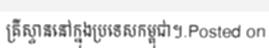
គ្រីស្ទាននៅក្នុងប្រទេសកម្ពុជា។.Posted on